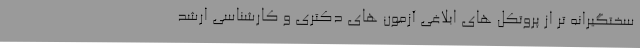
سختگیرانه تر از پروتکل های ابلاغی آزمون های دکتری و کارشناسی ارشد